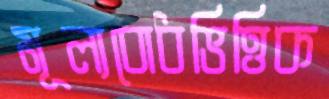
মূল্যবোধভিত্তিক